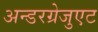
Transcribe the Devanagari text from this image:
अन्डरग्रेजुएट